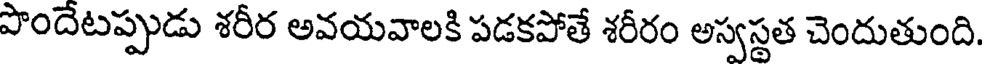
పొందేటప్పుడు శరీర అవయవాలకి పడకపోతే శరీరం అస్వస్థత చెందుతుంది.